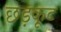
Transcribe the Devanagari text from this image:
छड़कूट